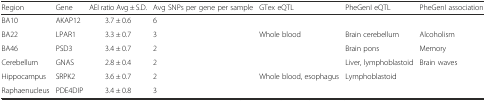
<table><thead><tr><td><b>Region</b></td><td><b>Gene</b></td><td><b>AEI ratio Avg ± S.D.</b></td><td><b>Avg SNPs per gene per sample</b></td><td><b>GTex eQTL</b></td><td><b>PheGenI eQTL</b></td><td><b>PheGenI association</b></td></tr></thead><tbody><tr><td>BA10</td><td>AKAP12</td><td>3.7 ± 0.6</td><td>6</td><td></td><td></td><td></td></tr><tr><td>BA22</td><td>LPAR1</td><td>3.3 ± 0.7</td><td>3</td><td>Whole blood</td><td>Brain cerebellum</td><td>Alcoholism</td></tr><tr><td>BA46</td><td>PSD3</td><td>3.4 ± 0.7</td><td>2</td><td></td><td>Brain pons</td><td>Memory</td></tr><tr><td>Cerebellum</td><td>GNAS</td><td>2.8 ± 0.4</td><td>2</td><td></td><td>Liver, lymphoblastoid</td><td>Brain waves</td></tr><tr><td>Hippocampus</td><td>SRPK2</td><td>3.6 ± 0.7</td><td>2</td><td>Whole blood, esophagus</td><td>Lymphoblastoid</td><td></td></tr><tr><td>Raphaenucleus</td><td>PDE4DIP</td><td>3.4 ± 0.8</td><td>3</td><td></td><td></td><td></td></tr></tbody></table>